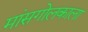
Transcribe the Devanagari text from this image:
मांसगोलकाला